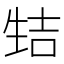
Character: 𰢭